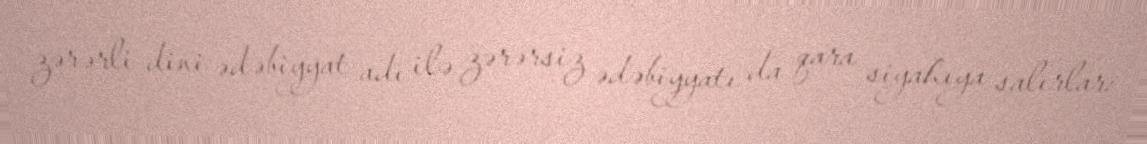
zərərli dini ədəbiyyat adı ilə zərərsiz ədəbiyyatı da qara siyahıya salırlar: